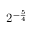
2 ^ { - { \frac { 5 } { 4 } } }